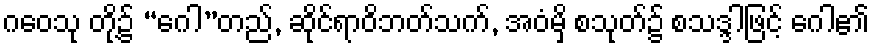
ဂဝေသု တို့၌ “ဂေါ”တည်, ဆိုင်ရာဝိဘတ်သက်, အဝံမှိ စသုတ်၌ စသဒ္ဒါဖြင့် ဂေါ၏